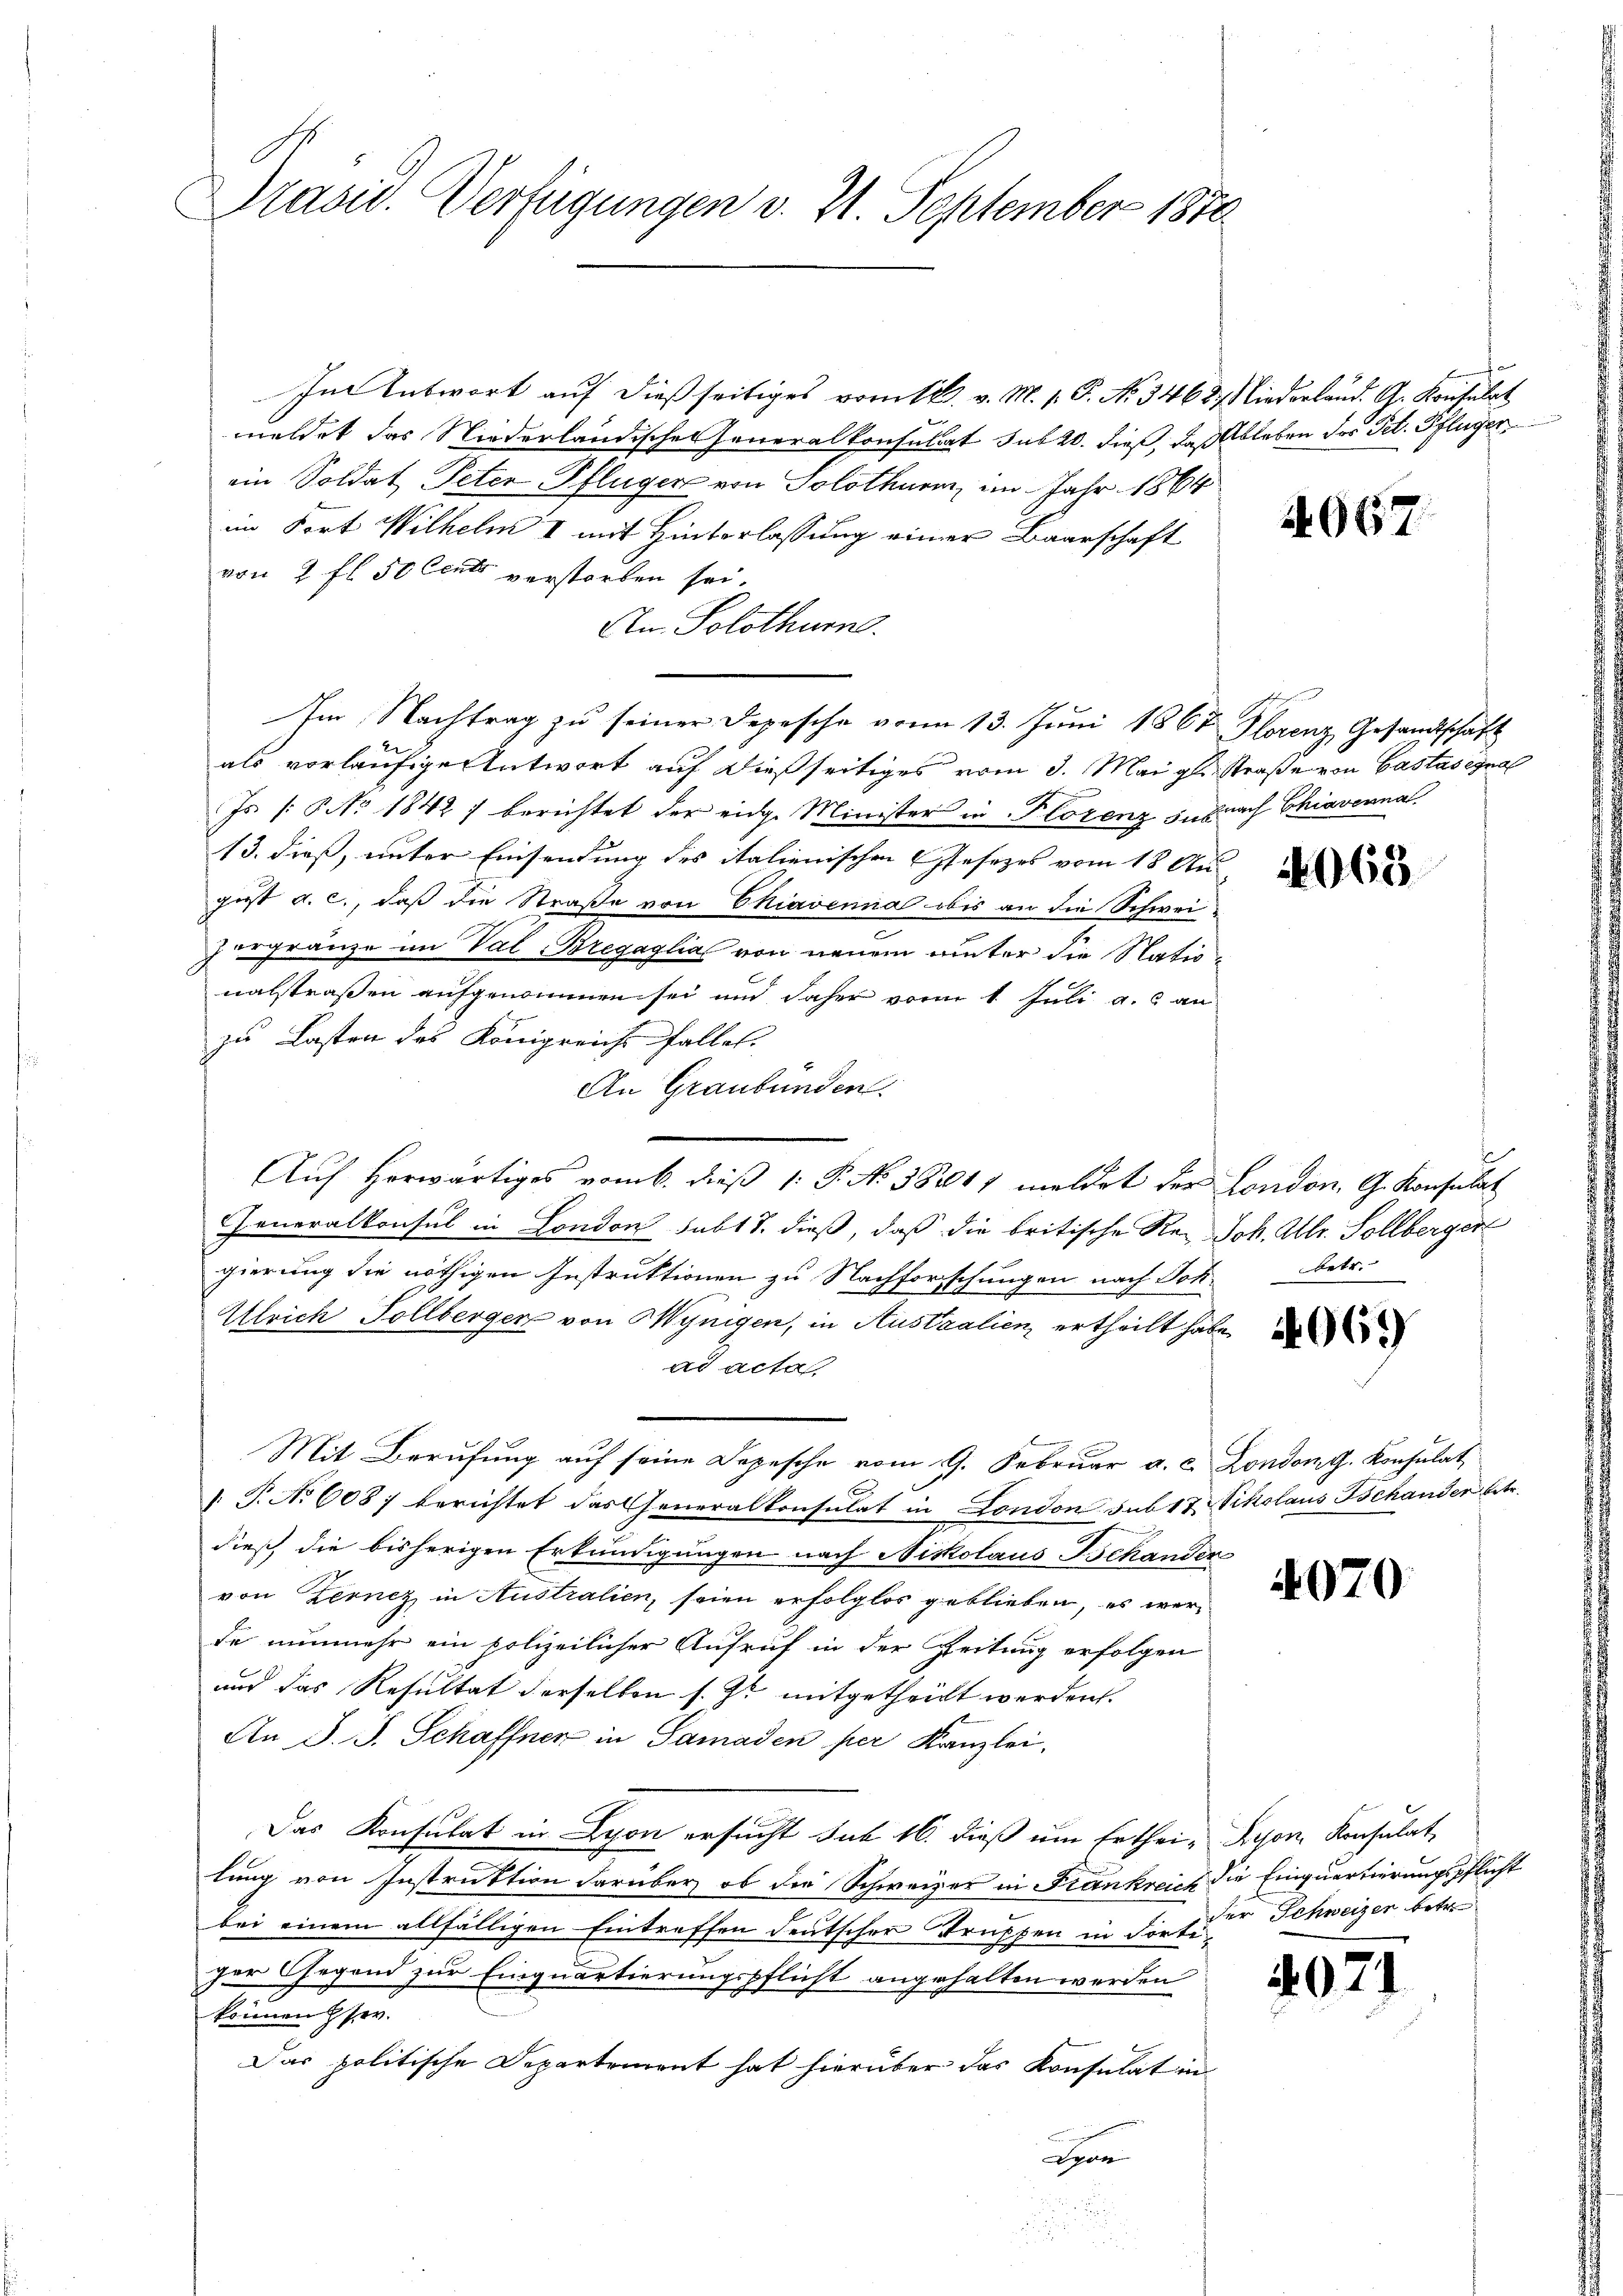
Präsid. Verfügungen v. 21. September 1870

In Antwort auf dießseitiges vom 12. v. M. 1. P. No. 3468. Niederland. G. Konsulat
weldet das Niederländisches Generalkonsultat sub 20. dieß, daß Ableben des Tit. Pflüger
ein Soldat Peten Pflüger von Solothurm, im Jahr 1864
im Fort Wilhelm I mit Hinterlassung einer Baarschaft
von 2 fl. 50 Cent verstorben sei.
An. Solothurn.
Im Nachtrag zu seiner Depesche vom 13. Juni 1867 Florenz Gesandtschaft
als vorläufige Antwort auf dießseitiges vom 3. Mai gl. Straße von Castasegna
Js. [§ No 1842) berichtet der eidge Minister in Florenz suprach Chiaverna
13. dieß, unter Einsendung des italienischen Gesezes vom 18 Au-
gust a. c., daß die Straße von Chiavenia obis an die Schwei-
eFränze im Val Bregaglia von neuem unter die Nationalstraßen aufgenommen sei und daher vom 1. Juli a. an
zu Lasten des Königreichs fallel.
An Graubünden.
Auf herwärtiges vom 6. dieß 1: P. No. 38211 meldet der London. G. Konsulat
Generalkonsul in London subt T. dieß, daß die britische Rei Joh. Allr. Sollberger
gierung die nöthigen Instruktionen zu Nachforschungen nach Joh. betr.
Ulrich Sollbergen von Wynigen, in Australien, ertheilt habe,
ad acta
Mit Berufung auf seine Depesche vom 9. Februar a. c. London. Konsulat
V. P. No 608) berichtet das Generalkonsulat in London sub 12 Vikolaus Tschander betr.
dieß die bisherigen Erkundigungen nach Niskolaus Behander
von Zernez, in Australien, seien erfolglos geblieben, es werde nunmehr ein polizeilicher Aufruf in der Zeitung erfolgen
und das Resultat derselben s. Z. mitgetheilt werden.
An J. J. Schaffner in Samaden per Kanzlei,
Das Konsulat in Lyon ersucht sub 16. dieß um Erthei- Lyon Konsulat
lung von Instruktion darüber ob die Schweizer in Frankreich die Einquartierungspflicht
bei einem allfälligen Eintreffen deutschen Truppen in die Er der Schweizen betr.
ser Gegend zur Einquartierungspflicht angehalten werden
können HHer
Das politische Departement hat hierüber das Konsulat in
Her

44. 667.

2068

069

4070

40